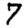
Digit: 7